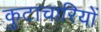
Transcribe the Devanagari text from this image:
कुटाचारियों